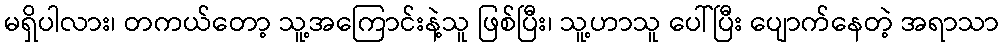
မရှိပါလား၊ တကယ်တော့ သူ့အကြောင်းနဲ့သူ ဖြစ်ပြီး၊ သူ့ဟာသူ ပေါ်ပြီး ပျောက်နေတဲ့ အရာသာ